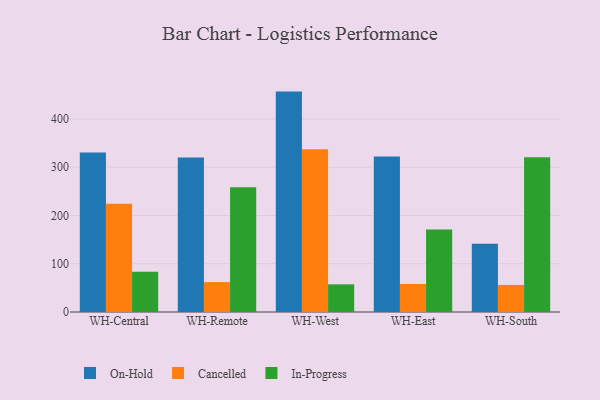
{"axis": {"x": "Warehouse", "y": "Satisfaction Score"}, "legend": ["Cancelled", "In-Progress", "On-Hold"], "data": [{"x": "WH-Central", "y": 330.6, "type": "On-Hold"}, {"x": "WH-Central", "y": 224.4, "type": "Cancelled"}, {"x": "WH-Central", "y": 83.6, "type": "In-Progress"}, {"x": "WH-Remote", "y": 320.3, "type": "On-Hold"}, {"x": "WH-Remote", "y": 62.0, "type": "Cancelled"}, {"x": "WH-Remote", "y": 258.6, "type": "In-Progress"}, {"x": "WH-West", "y": 456.7, "type": "On-Hold"}, {"x": "WH-West", "y": 337.2, "type": "Cancelled"}, {"x": "WH-West", "y": 57.3, "type": "In-Progress"}, {"x": "WH-East", "y": 322.0, "type": "On-Hold"}, {"x": "WH-East", "y": 58.1, "type": "Cancelled"}, {"x": "WH-East", "y": 171.0, "type": "In-Progress"}, {"x": "WH-South", "y": 141.2, "type": "On-Hold"}, {"x": "WH-South", "y": 56.1, "type": "Cancelled"}, {"x": "WH-South", "y": 320.6, "type": "In-Progress"}]}